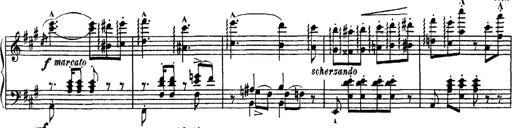
Title: Apparitions
Composer: Franz Liszt